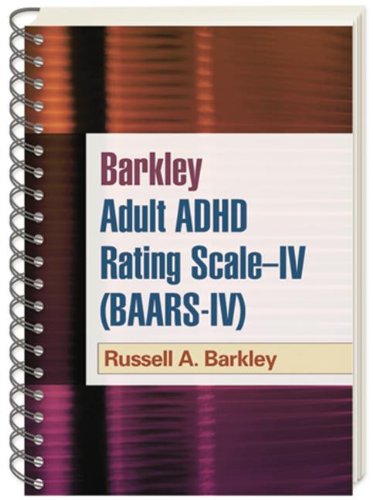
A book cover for Barkley Adult ADHD Rating Scale--IV (BAARS-IV); Russell A. Barkley PhD  ABPP  ABCN; Medical Books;